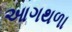
આગથળા